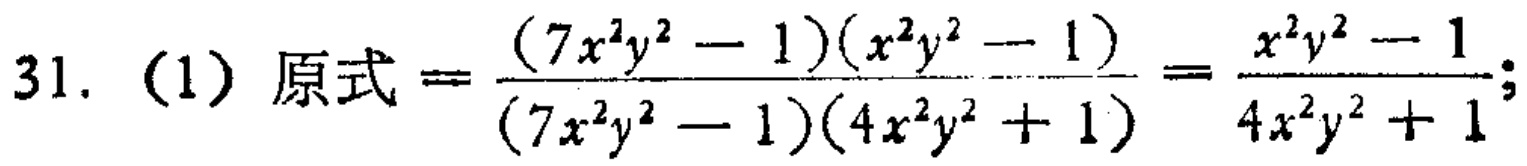
31. (1) 原式$=\frac{(7x^{2}y^{2}-1)(x^{2}y^{2}-1)}{(7x^{2}y^{2}-1)(4x^{2}y^{2}+1)}=\frac{x^{2}y^{2}-1}{4x^{2}y^{2}+1};$